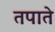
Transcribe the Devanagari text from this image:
तपाते